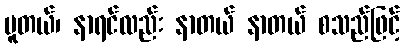
ပူတယ်၊ နာရင်လည်း နာတယ် နာတယ် စသည်ဖြင့်